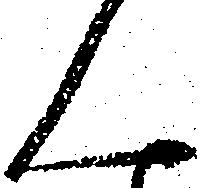
ん